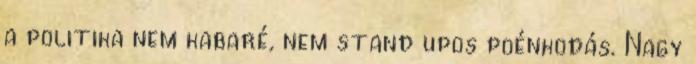
a politika nem kabaré, nem stand upos poénkodás. Nagy